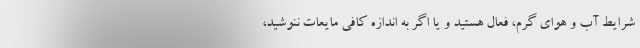
شرایط آب و هوای گرم، فعال هستید و یا اگر به اندازه کافی مایعات ننوشید،